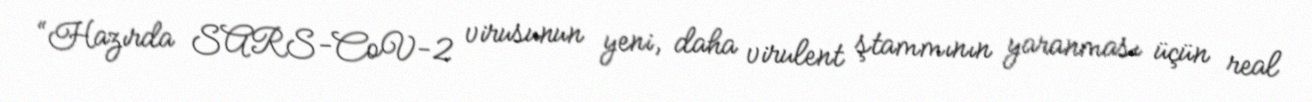
“Hazırda SARS-CoV-2 virusunun yeni, daha virulent ştammının yaranması üçün real